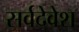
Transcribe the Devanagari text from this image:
सर्वदेवेश